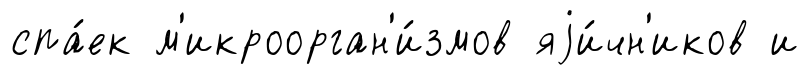
спа́ек м'икроорган'и́змов яjи́чн'иков и